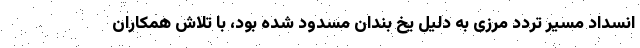
انسداد مسیر تردد مرزی به دلیل یخ بندان مسدود شده بود، با تلاش همکاران